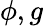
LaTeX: \phi,g